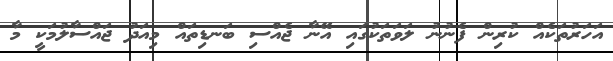
އަހަރުތަކެއް ކުރިން ފެނުނު ލަވަތަކުގައި އޭނާ ޖެއްސި ބަނޑިތައް މިއަދު ޖައްސާލުމަކީ މާ